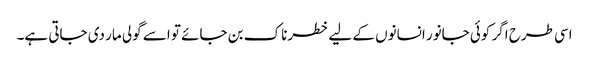
اسی طرح اگر کوئی جانور انسانوں کے لیے خطرناک بن جائے تو اسے گولی مار دی جاتی ہے۔